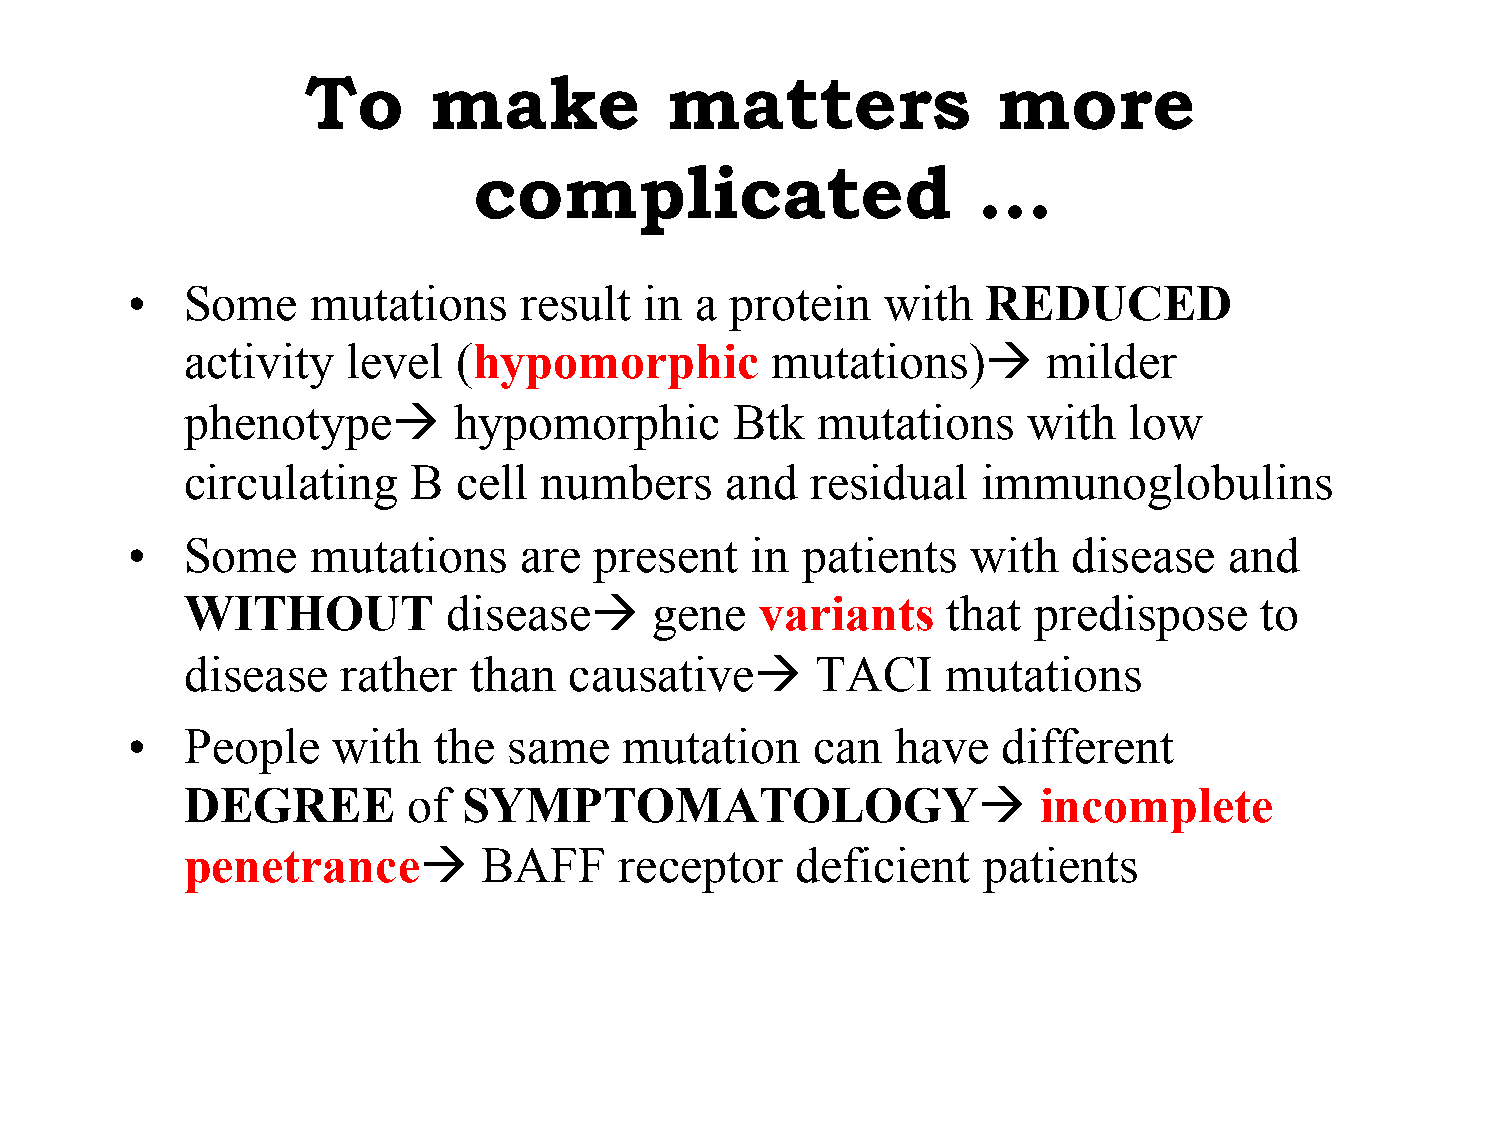
To      make            matters               more
 complicated                       …
 •   Some     mutations    result   in a protein    with  REDUCED
 activity   level  (hypomorphic         mutations)à      milder
 phenotypeà       hypomorphic        Btk  mutations     with   low
 circulating    B  cell  numbers     and   residual   immunoglobulins
 •   Some     mutations    are  present    in patients   with   disease   and
 WITHOUT           diseaseà    gene   variants     that predispose     to
 disease    rather  than   causativeà     TACI     mutations
 •   People    with   the  same   mutation     can  have   different
 DEGREE         of  SYMPTOMATOLOGYà                      incomplete
 penetranceà        BAFF     receptor    deficient   patients